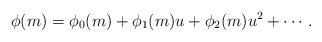
LaTeX: \begin{align*}\phi(m) = \phi_0(m) + \phi_1(m) u + \phi_2(m) u^2 + \cdots.\end{align*}